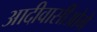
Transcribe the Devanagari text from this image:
आदीवासींओमे